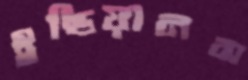
ইন্ডিয়ানস